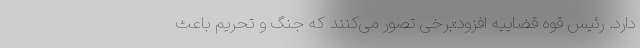
دارد. رئیس قوه قضاییه افزود:برخی تصور می‌کنند که جنگ و تحریم باعث